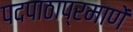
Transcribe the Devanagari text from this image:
पदपाठाप्रमाणें